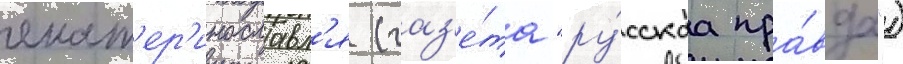
екат'ер'инославл'я (газ'е́та "ру́сскаа пра́вда")